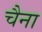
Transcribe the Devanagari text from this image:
चैना